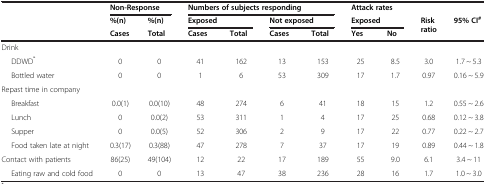
<table><thead><tr><td rowspan="2"><b> </b></td><td colspan="2"><b>Non-Response</b></td><td colspan="4"><b>Numbers of subjects responding</b></td><td colspan="2"><b>Attack rates</b></td><td><b> </b></td><td><b> </b></td></tr><tr><td><b>%(n)</b></td><td><b>%(n)</b></td><td colspan="2"><b>Exposed</b></td><td colspan="2"><b>Not exposed</b></td><td colspan="2"><b>Exposed</b></td><td><b>Risk ratio</b></td><td><b>95% CI<sup>#</sup></b></td></tr><tr><td><b> </b></td><td><b>Cases</b></td><td><b>Total</b></td><td><b>Cases</b></td><td><b>Total</b></td><td><b>Cases</b></td><td><b>Total</b></td><td><b>Yes</b></td><td><b>No</b></td><td><b> </b></td><td><b> </b></td><td><b> </b></td></tr></thead><tbody><tr><td>Drink</td><td> </td><td> </td><td> </td><td> </td><td> </td><td> </td><td> </td><td> </td><td> </td><td> </td></tr><tr><td>DDWD<sup>*</sup></td><td>0</td><td>0</td><td>41</td><td>162</td><td>13</td><td>153</td><td>25</td><td>8.5</td><td>3.0</td><td>1.7 ~ 5.3</td></tr><tr><td>Bottled water</td><td>0</td><td>0</td><td>1</td><td>6</td><td>53</td><td>309</td><td>17</td><td>1.7</td><td>0.97</td><td>0.16 ~ 5.9</td></tr><tr><td>Repast time in company</td><td> </td><td> </td><td> </td><td> </td><td> </td><td> </td><td> </td><td> </td><td> </td><td> </td></tr><tr><td>Breakfast</td><td>0.0(1)</td><td>0.0(10)</td><td>48</td><td>274</td><td>6</td><td>41</td><td>18</td><td>15</td><td>1.2</td><td>0.55 ~ 2.6</td></tr><tr><td>Lunch</td><td>0</td><td>0.0(2)</td><td>53</td><td>311</td><td>1</td><td>4</td><td>17</td><td>25</td><td>0.68</td><td>0.12 ~ 3.8</td></tr><tr><td>Supper</td><td>0</td><td>0.0(5)</td><td>52</td><td>306</td><td>2</td><td>9</td><td>17</td><td>22</td><td>0.77</td><td>0.22 ~ 2.7</td></tr><tr><td>Food taken late at night</td><td>0.3(17)</td><td>0.3(88)</td><td>47</td><td>278</td><td>7</td><td>37</td><td>17</td><td>19</td><td>0.89</td><td>0.44 ~ 1.8</td></tr><tr><td>Contact with patients</td><td>86(25)</td><td>49(104)</td><td>12</td><td>22</td><td>17</td><td>189</td><td>55</td><td>9.0</td><td>6.1</td><td>3.4 ~ 11</td></tr><tr><td>Eating raw and cold food</td><td>0</td><td>0</td><td>13</td><td>47</td><td>38</td><td>236</td><td>28</td><td>16</td><td>1.7</td><td>1.0 ~ 3.0</td></tr></tbody></table>